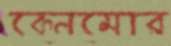
কেনমোর